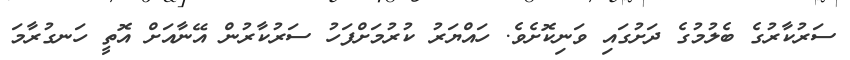
ސަރުކާރުގެ ބެލުމުގެ ދަށުގައި ވަނިކޮށެވެ. ހައްޔަރު ކުރުމަށްފަހު ސަރުކާރުން އޭނާއަށް އޮތީ ހަނގުރާމަ